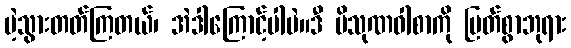
မဲ့သွားတတ်ကြတယ်၊ အဲဒါကြောင့်ပါပဲ။ဒီ ပိသုဏဝါစာကို မြတ်စွာဘုရား